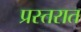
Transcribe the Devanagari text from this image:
प्रस्तरात